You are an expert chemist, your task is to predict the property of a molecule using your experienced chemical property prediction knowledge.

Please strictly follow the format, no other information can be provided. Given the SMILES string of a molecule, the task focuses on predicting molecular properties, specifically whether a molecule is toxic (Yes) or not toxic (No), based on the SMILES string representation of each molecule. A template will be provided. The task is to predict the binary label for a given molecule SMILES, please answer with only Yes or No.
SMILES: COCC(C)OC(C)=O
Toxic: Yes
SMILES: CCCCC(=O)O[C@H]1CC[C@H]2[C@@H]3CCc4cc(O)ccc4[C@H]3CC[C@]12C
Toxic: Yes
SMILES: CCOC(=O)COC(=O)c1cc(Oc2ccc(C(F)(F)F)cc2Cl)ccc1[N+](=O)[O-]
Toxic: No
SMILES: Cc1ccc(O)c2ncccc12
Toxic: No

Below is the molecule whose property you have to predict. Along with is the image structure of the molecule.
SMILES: CC(C)CCCCCCCOP(=O)(Oc1ccccc1)Oc1ccccc1
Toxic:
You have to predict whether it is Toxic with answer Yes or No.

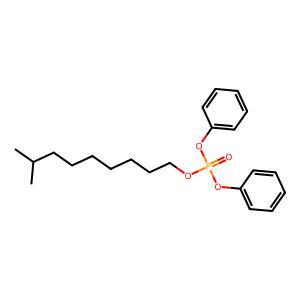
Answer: No